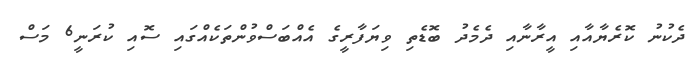
ދެކުނު ކޮރެޔާއާއި އީރާނާއި ދެމެދު ބޮޑެތި ވިޔަފާރީގެ އެއްބަސްވުންތަކެއްގައި ސޮއި ކުރަނީ6 މަސް